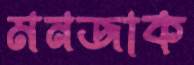
মনজাক